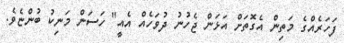
ފަހަރެއްގެ މަތިން އެގޮތަށް އަޅަން ޖެހުނު ދުވަހެއް އެއީ" ހަސަން މަނިކު ބުންޏެވެ.